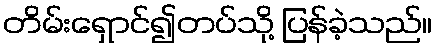
တိမ်းရှောင်၍တပ်သို့ ပြန်ခဲ့သည်။